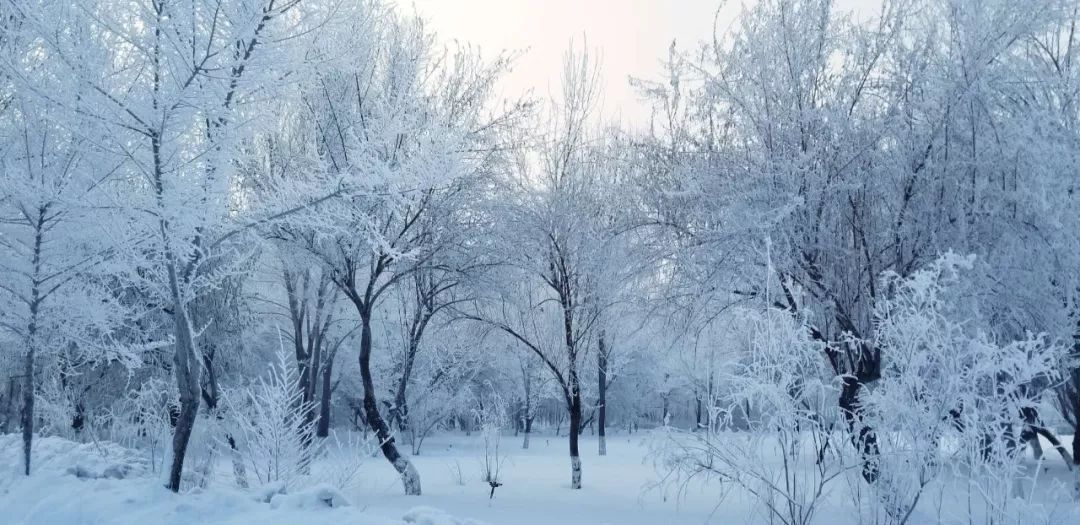
海畔风吹冻泥裂，枯桐叶落枝梢折。